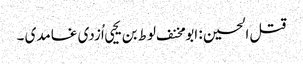
قتل الحسین : ابو مخنف لوط بن یحیی اُزدی غامدی ۔